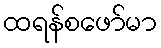
ထရန်စဖော်မာ